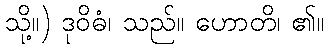
သို့။) ဒုဝိဓံ၊ သည်။ ဟောတိ၊ ၏။